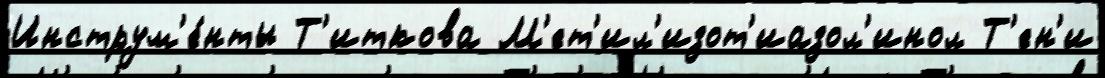
Инструм'е́нты Т'иткова М'ет'ил'изот'иазол'инол Т'ен'и